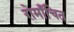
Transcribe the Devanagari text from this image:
रोमाँचित